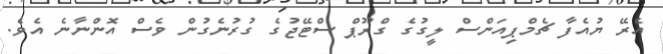
އެރޭ ޔުއެފާ ޗެމްޕިއަންސް ލީގުގެ ގްރޫޕް ސްޓޭޖުގެ ގުރުނެގުން ވެސް އޮންނާނެ އެވެ.